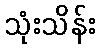
သုံးသိန်း